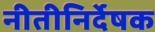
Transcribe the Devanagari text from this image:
नीतीनिर्देषक